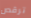
ترقص